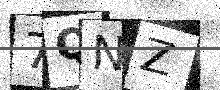
Text: 7QNZ